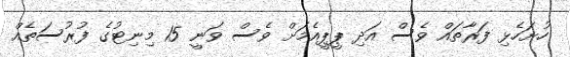
ހުށަހެޅި ފަރާތައް ވެސް އަދި ޕީޕީއެމަށް ވެސް ވަނީ 15 މިނިޓުގެ ފުރުސަތެއް